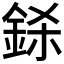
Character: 𨦅